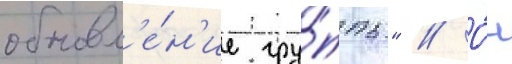
обновл'е́н'ие гру́ппы" // О́н